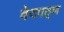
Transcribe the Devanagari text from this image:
वेदपठ्ण